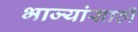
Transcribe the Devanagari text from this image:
भाज्यांसाठी